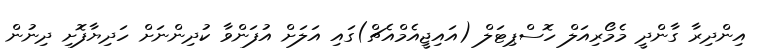
އިންދިރާ ގާންދީ މެމޯރިއަލް ހޮސްޕިޓަލް (އައިޖީއެމްއެޗް)ގައި އަލަށް އުފަންވާ ކުދިންނަށް ހަދިޔާފޮށި ދިނުން